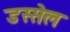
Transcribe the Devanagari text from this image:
डस्सेल